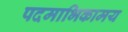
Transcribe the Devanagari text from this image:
पदमाभिकामय